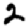
Digit: 2